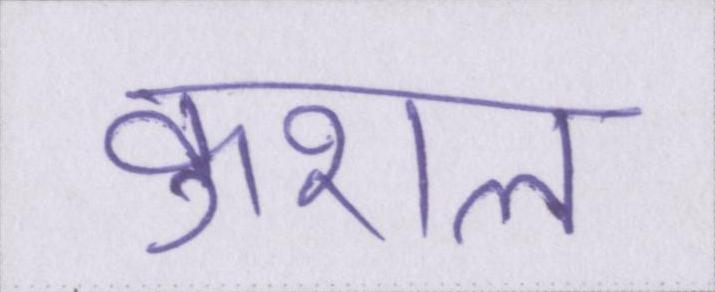
कुशल